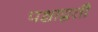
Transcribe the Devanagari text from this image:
पश्चाद्वती